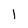
Character: l